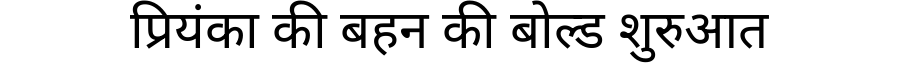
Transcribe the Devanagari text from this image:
प्रियंका की बहन की बोल्ड शुरुआत